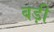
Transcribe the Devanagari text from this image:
बड़़ी